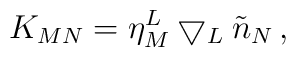
K_{MN} = \eta^L _M \bigtriangledown _L \tilde n_N \, ,